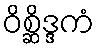
ဝိစ္ဆိဒ္ဒကံ